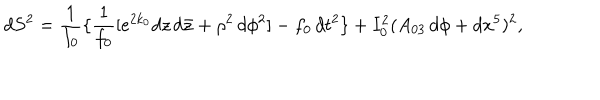
LaTeX: d S ^ { 2 } = { \frac { 1 } { I _ { 0 } } } \{ { \frac { 1 } { f _ { 0 } } } [ e ^ { 2 k _ { 0 } } d z \, d { \bar { z } } + \rho ^ { 2 } \, d \phi ^ { 2 } ] - f _ { 0 } \, d t ^ { 2 } \} + I _ { 0 } ^ { 2 } ( A _ { 0 3 } \, d \phi + d x ^ { 5 } ) ^ { 2 } ,